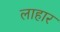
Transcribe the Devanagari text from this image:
लाहार